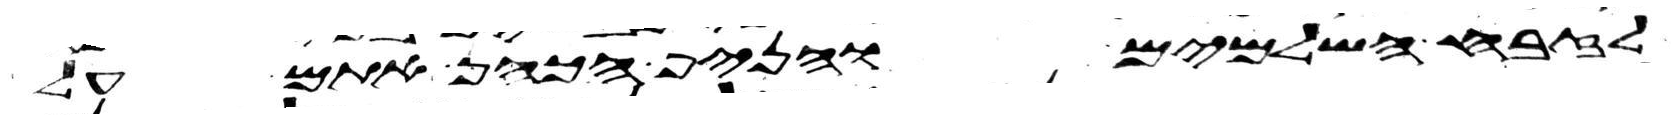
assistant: לזבח השלמים והניף הכהן אתם על